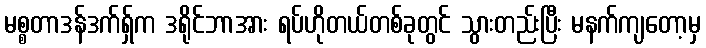
မစ္စတာဒန်ဒက်ရှ်က ဒရိုင်ဘာအား ရပ်ဟိုတယ်တစ်ခုတွင် သွားတည်းပြီး မနက်ကျတော့မှ